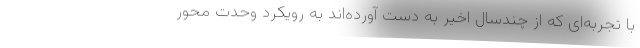
با تجربه‌ای که از چندسال اخیر به دست آورده‌اند به رویکرد وحدت محور